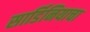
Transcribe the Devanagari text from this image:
सार्डिनियाचा